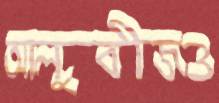
আলুবীজও